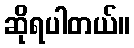
ဆိုရပါတယ်။